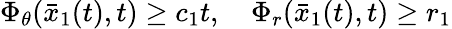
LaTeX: \begin{array}{r}{\Phi_{\theta}(\bar{x}_{1}(t),t)\ge c_{1}t,\quad\Phi_{r}(\bar{x}_{1}(t),t)\ge r_{1}}\end{array}